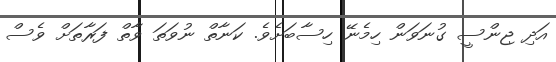
އަދި ޖިންސީ ގުނަވަން ހިމެނޭ ހިސާބަށެވެ. ކަނާތް ނުވަތަ ވާތް ފަރާތަށް ވެސް